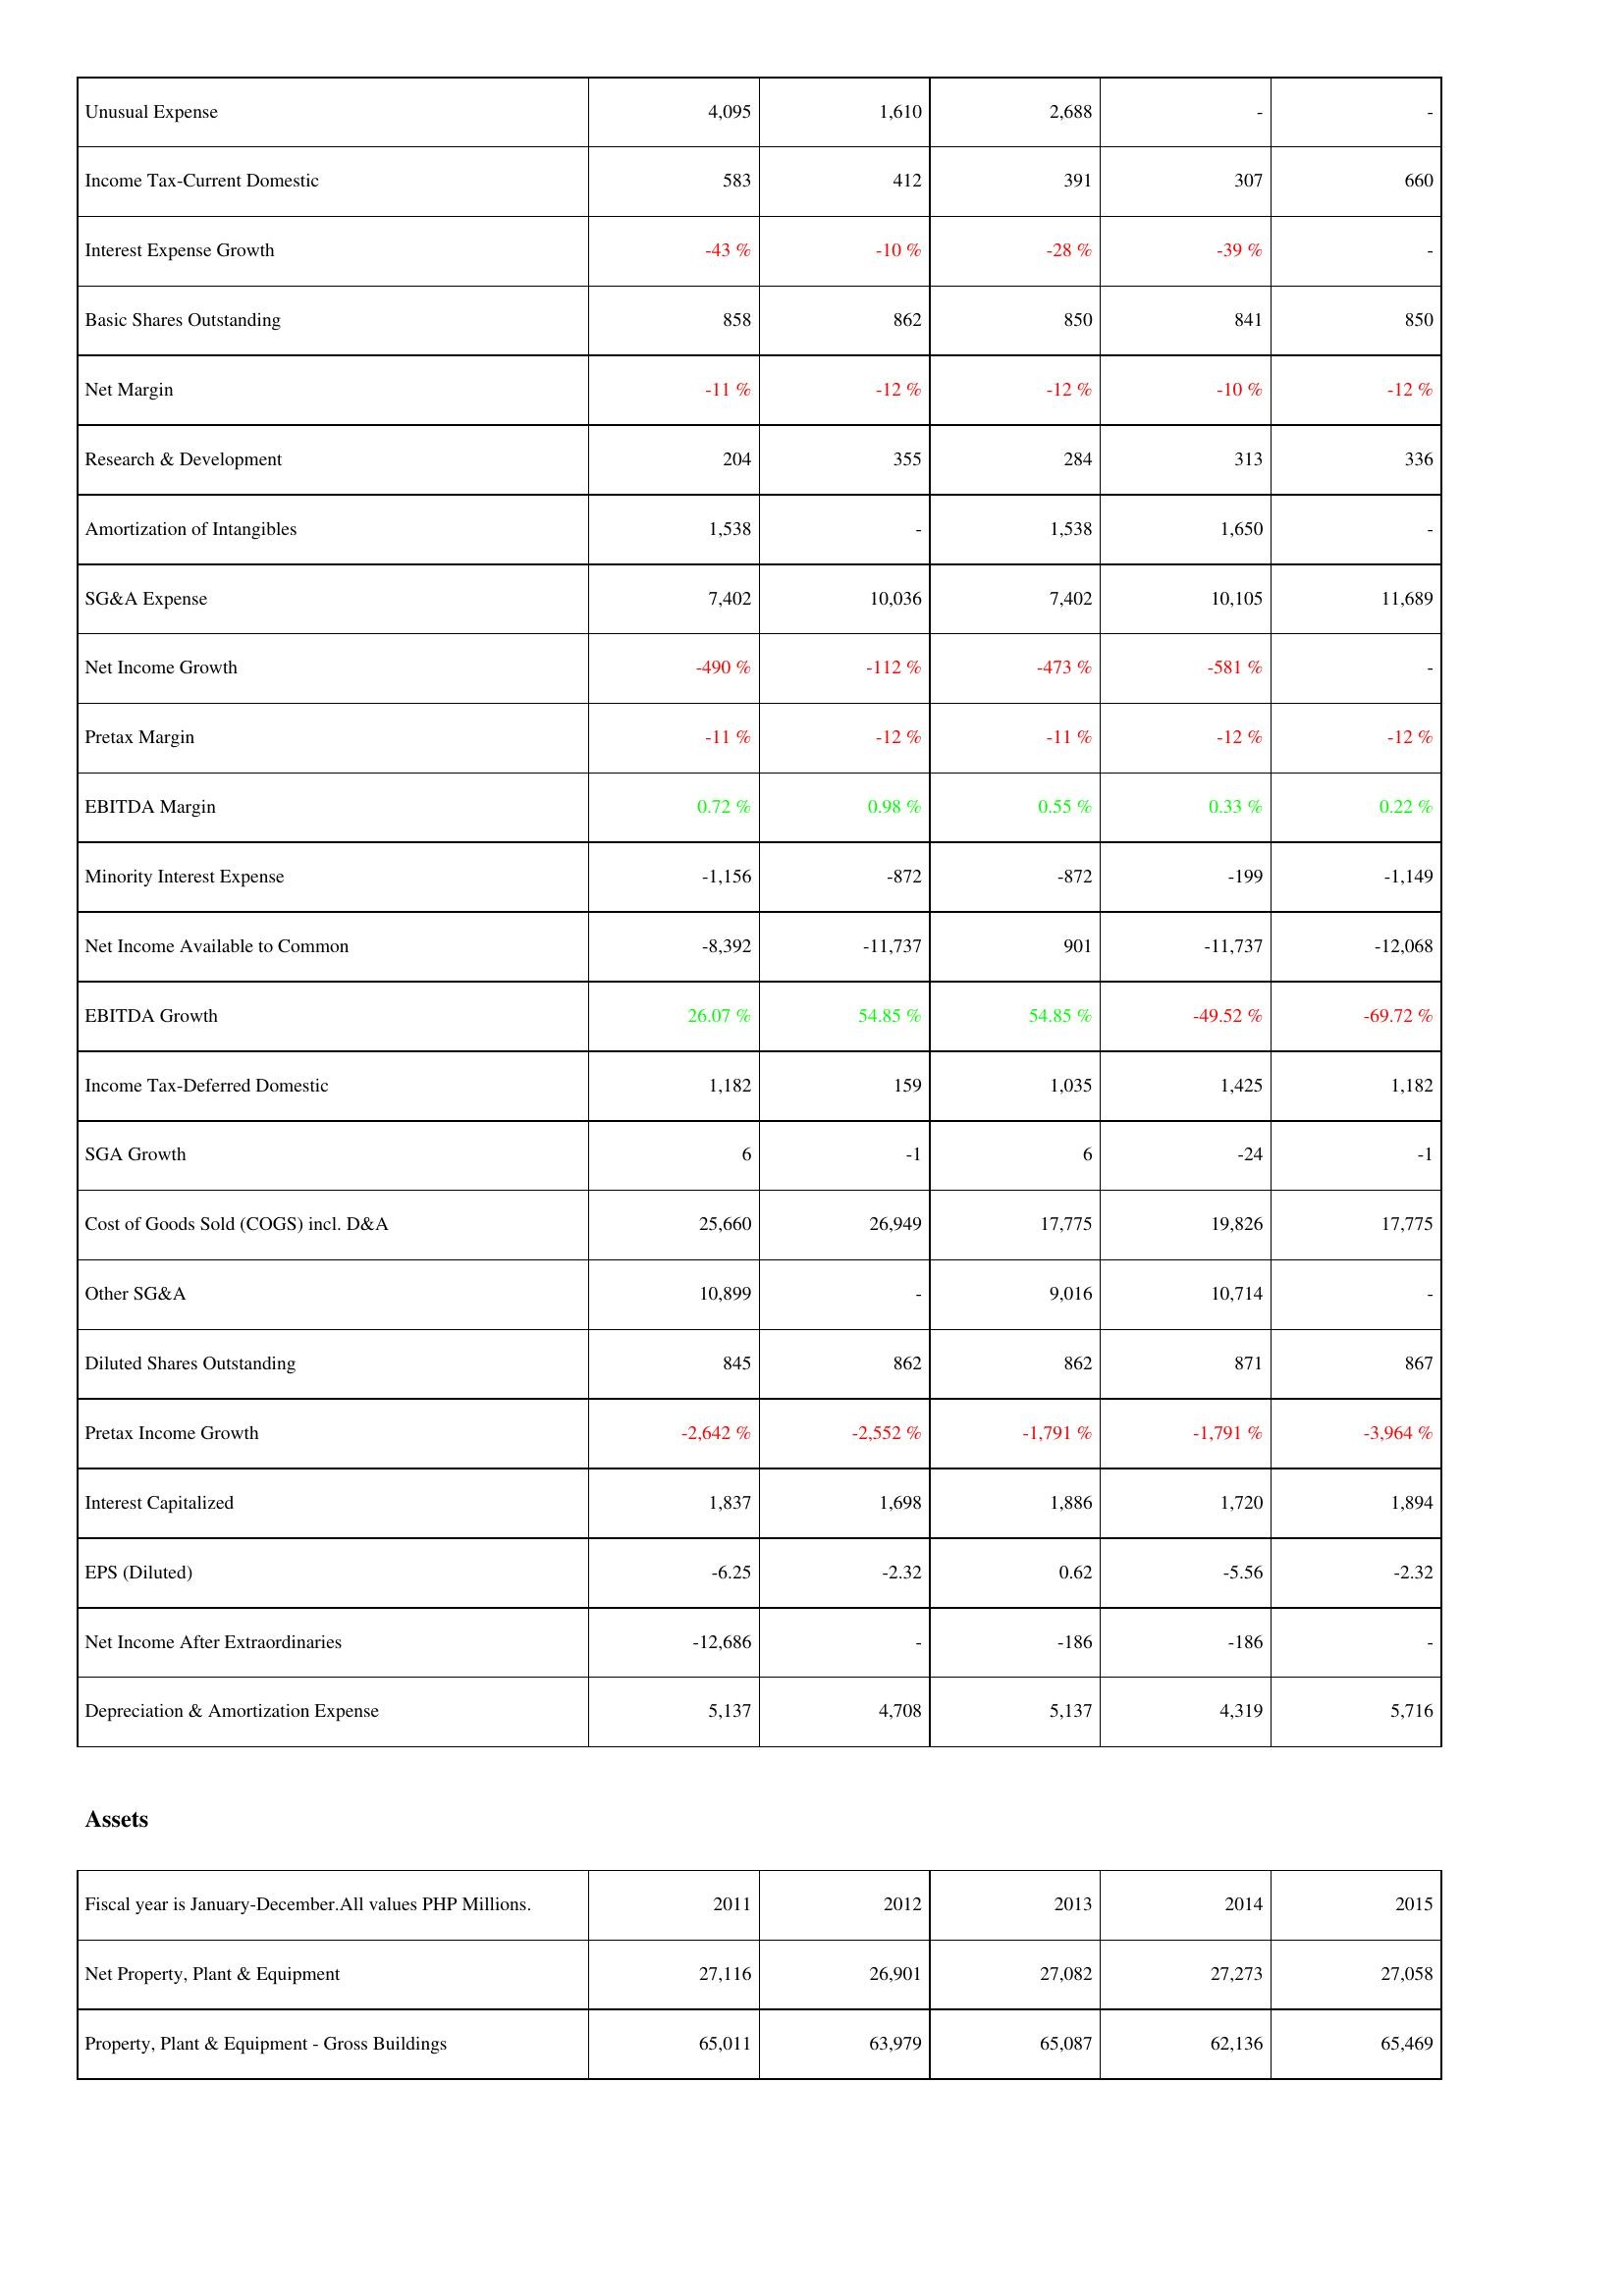
2011: Income Statement: Unusual Expense: 4,095
Income Tax-Current Domestic: 583
Interest Expense Growth: -43 %
Basic Shares Outstanding: 858
Net Margin: -11 %
Research & Development: 204
Amortization of Intangibles: 1,538
SG&A Expense: 7,402
Net Income Growth: -490 %
Pretax Margin: -11 %
EBITDA Margin: 0.72 %
Minority Interest Expense: -1,156
Net Income Available to Common: -8,392
EBITDA Growth: 26.07 %
Income Tax-Deferred Domestic: 1,182
SGA Growth: 6
Cost of Goods Sold (COGS) incl. D&A: 25,660
Other SG&A: 10,899
Diluted Shares Outstanding: 845
Pretax Income Growth: -2,642 %
Interest Capitalized: 1,837
EPS (Diluted): -6.25
Net Income After Extraordinaries: -12,686
Depreciation & Amortization Expense: 5,137
Assets: Net Property, Plant & Equipment: 27,116
Property, Plant & Equipment - Gross Buildings: 65,011
2012: Income Statement: Unusual Expense: 1,610
Income Tax-Current Domestic: 412
Interest Expense Growth: -10 %
Basic Shares Outstanding: 862
Net Margin: -12 %
Research & Development: 355
Amortization of Intangibles: -
SG&A Expense: 10,036
Net Income Growth: -112 %
Pretax Margin: -12 %
EBITDA Margin: 0.98 %
Minority Interest Expense: -872
Net Income Available to Common: -11,737
EBITDA Growth: 54.85 %
Income Tax-Deferred Domestic: 159
SGA Growth: -1
Cost of Goods Sold (COGS) incl. D&A: 26,949
Other SG&A: -
Diluted Shares Outstanding: 862
Pretax Income Growth: -2,552 %
Interest Capitalized: 1,698
EPS (Diluted): -2.32
Net Income After Extraordinaries: -
Depreciation & Amortization Expense: 4,708
Assets: Net Property, Plant & Equipment: 26,901
Property, Plant & Equipment - Gross Buildings: 63,979
2013: Income Statement: Unusual Expense: 2,688
Income Tax-Current Domestic: 391
Interest Expense Growth: -28 %
Basic Shares Outstanding: 850
Net Margin: -12 %
Research & Development: 284
Amortization of Intangibles: 1,538
SG&A Expense: 7,402
Net Income Growth: -473 %
Pretax Margin: -11 %
EBITDA Margin: 0.55 %
Minority Interest Expense: -872
Net Income Available to Common: 901
EBITDA Growth: 54.85 %
Income Tax-Deferred Domestic: 1,035
SGA Growth: 6
Cost of Goods Sold (COGS) incl. D&A: 17,775
Other SG&A: 9,016
Diluted Shares Outstanding: 862
Pretax Income Growth: -1,791 %
Interest Capitalized: 1,886
EPS (Diluted): 0.62
Net Income After Extraordinaries: -186
Depreciation & Amortization Expense: 5,137
Assets: Net Property, Plant & Equipment: 27,082
Property, Plant & Equipment - Gross Buildings: 65,087
2014: Income Statement: Unusual Expense: -
Income Tax-Current Domestic: 307
Interest Expense Growth: -39 %
Basic Shares Outstanding: 841
Net Margin: -10 %
Research & Development: 313
Amortization of Intangibles: 1,650
SG&A Expense: 10,105
Net Income Growth: -581 %
Pretax Margin: -12 %
EBITDA Margin: 0.33 %
Minority Interest Expense: -199
Net Income Available to Common: -11,737
EBITDA Growth: -49.52 %
Income Tax-Deferred Domestic: 1,425
SGA Growth: -24
Cost of Goods Sold (COGS) incl. D&A: 19,826
Other SG&A: 10,714
Diluted Shares Outstanding: 871
Pretax Income Growth: -1,791 %
Interest Capitalized: 1,720
EPS (Diluted): -5.56
Net Income After Extraordinaries: -186
Depreciation & Amortization Expense: 4,319
Assets: Net Property, Plant & Equipment: 27,273
Property, Plant & Equipment - Gross Buildings: 62,136
2015: Income Statement: Unusual Expense: -
Income Tax-Current Domestic: 660
Interest Expense Growth: -
Basic Shares Outstanding: 850
Net Margin: -12 %
Research & Development: 336
Amortization of Intangibles: -
SG&A Expense: 11,689
Net Income Growth: -
Pretax Margin: -12 %
EBITDA Margin: 0.22 %
Minority Interest Expense: -1,149
Net Income Available to Common: -12,068
EBITDA Growth: -69.72 %
Income Tax-Deferred Domestic: 1,182
SGA Growth: -1
Cost of Goods Sold (COGS) incl. D&A: 17,775
Other SG&A: -
Diluted Shares Outstanding: 867
Pretax Income Growth: -3,964 %
Interest Capitalized: 1,894
EPS (Diluted): -2.32
Net Income After Extraordinaries: -
Depreciation & Amortization Expense: 5,716
Assets: Net Property, Plant & Equipment: 27,058
Property, Plant & Equipment - Gross Buildings: 65,469